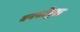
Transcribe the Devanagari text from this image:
वनश्रीयुक्त